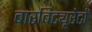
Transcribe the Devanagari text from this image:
बारबिट्यूरेटों